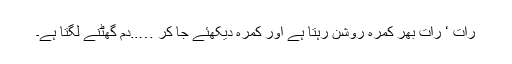
رات ‘ رات بھر کمرہ روشن رہتا ہے اور کمرہ دیکھئے جا کر …..دم گھٹنے لگتا ہے۔